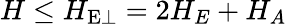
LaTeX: H\leq H_{\mathrm{E\perp}}=2H_{E}+H_{A}